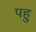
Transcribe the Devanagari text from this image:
पहु